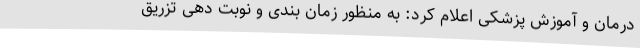
درمان و آموزش پزشکی اعلام کرد: به منظور زمان بندی و نوبت دهی تزریق